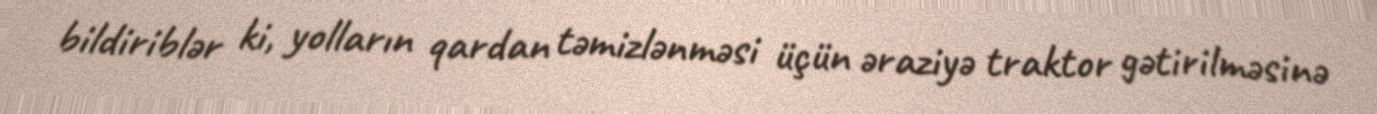
bildiriblər ki, yolların qardan təmizlənməsi üçün əraziyə traktor gətirilməsinə